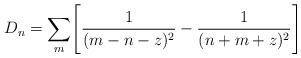
\begin{align*}D_n = \sum _m \Biggl [{1 \over (m - n - z)^2 } - { 1 \over (n +m + z )^2} \Biggr ]\end{align*}